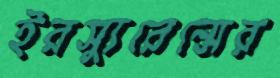
ইরস্যুরেন্সের